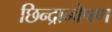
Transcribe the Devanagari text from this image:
छिन्द्रान्वेषण